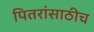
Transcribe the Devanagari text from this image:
पितरांसाठीच